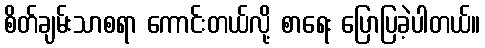
စိတ်ချမ်းသာစရာ ကောင်းတယ်လို့ စာရေး ပြောပြခဲ့ပါတယ်။